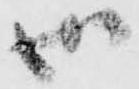
御